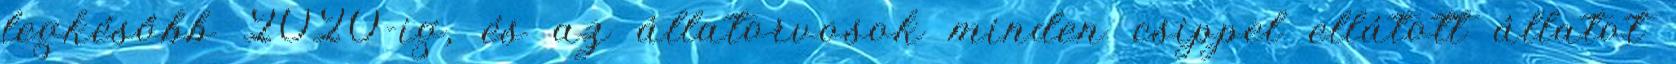
legkésőbb 2020-ig, és az állatorvosok minden csippel ellátott állatot